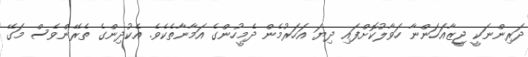
ދަރިންނަކީ ޖީޒާއަހަންނާ ހަވާލުކޮށްފައި ދިޔަ އަހަރުމެން ދެމީހުންގެ އަމާނާތެކެވެ. އެކުދިންގެ ތެރޭންވެސް މަގޭ